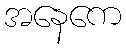
အနေကေ